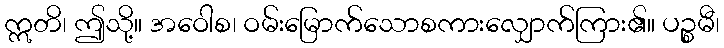
ဣတိ၊ ဤသို့။ အဝေါစ၊ ဝမ်းမြောက်သောစကားလျှောက်ကြား၏။ ပဉ္စမီ၊